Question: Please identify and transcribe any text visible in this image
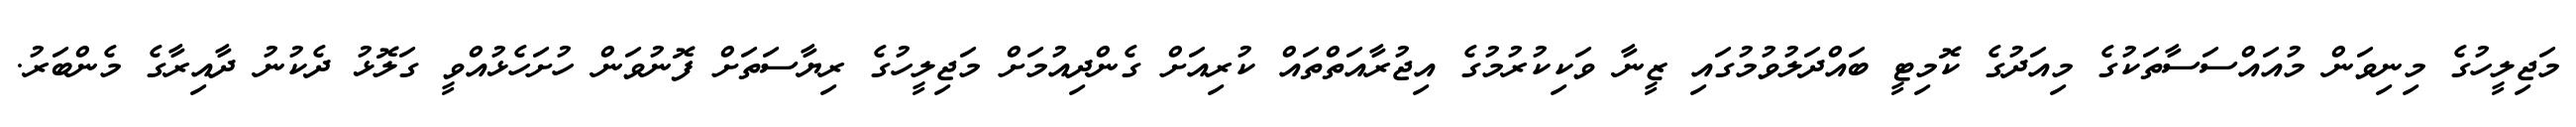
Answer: މަޖިލީހުގެ މިނިވަން މުއައްސަސާތަކުގެ މިއަދުގެ ކޮމިޓީ ބައްދަލުވުމުގައި ޒީނާ ވަކިކުރުމުގެ އިޖުރާއަތްތައް ކުރިއަށް ގެންދިއުމަށް މަޖިލީހުގެ ރިޔާސަތަށް ފޮނުވަން ހުށަހެޅުއްވީ ގަލޮޅު ދެކުނު ދާއިރާގެ މެންބަރު.